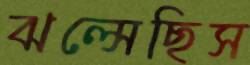
ঝল্‌সেছিস